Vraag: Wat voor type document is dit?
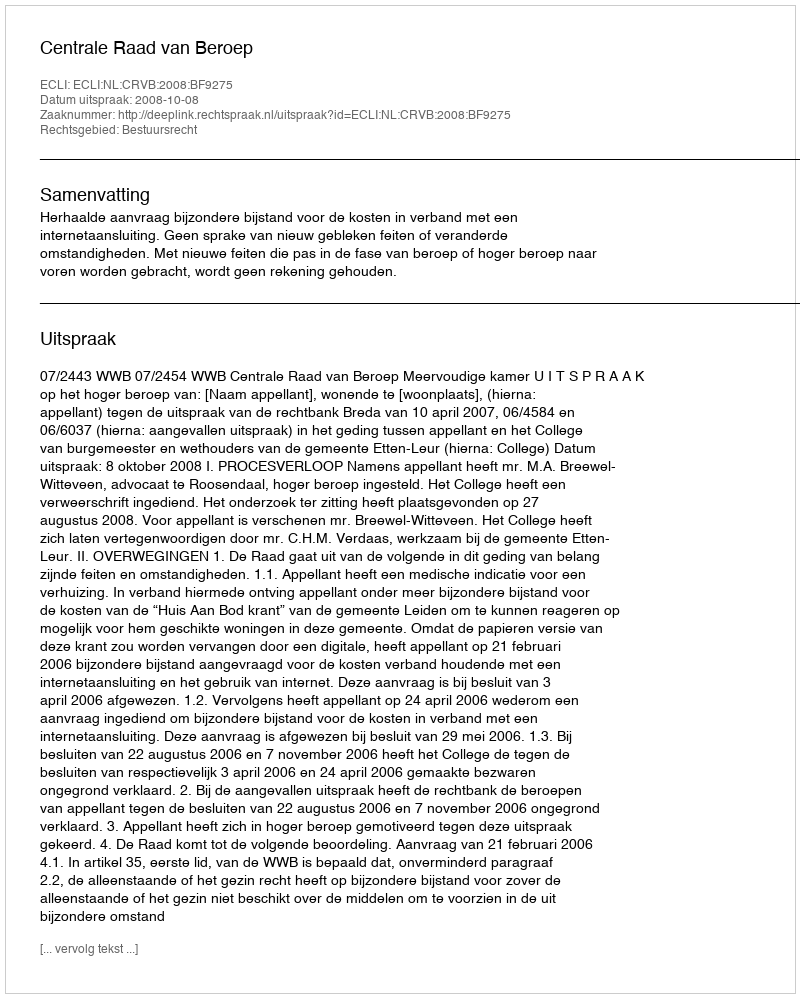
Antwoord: Uitspraak